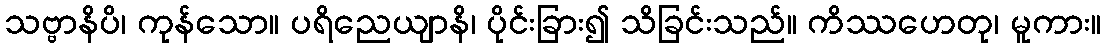
သဗ္ဗာနိပိ၊ ကုန်သော။ ပရိညေယျာနိ၊ ပိုင်းခြား၍ သိခြင်းသည်။ ကိဿဟေတု၊ မူကား။